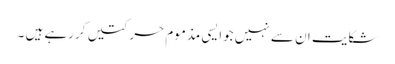
شکایت ان سے نہیں جوایسی مذموم حرکتیں کررہے ہیں ۔